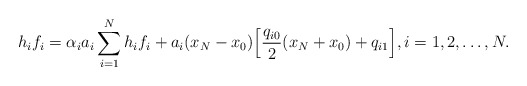
\begin{align*}h_i f_i = \alpha_i a_i \sum_{i=1}^N h_i f_i + a_i (x_N-x_0)\Big[ \frac{q_{i0}}{2} (x_N+x_0) + q_{i1} \Big], i=1,2,\dots, N.\end{align*}